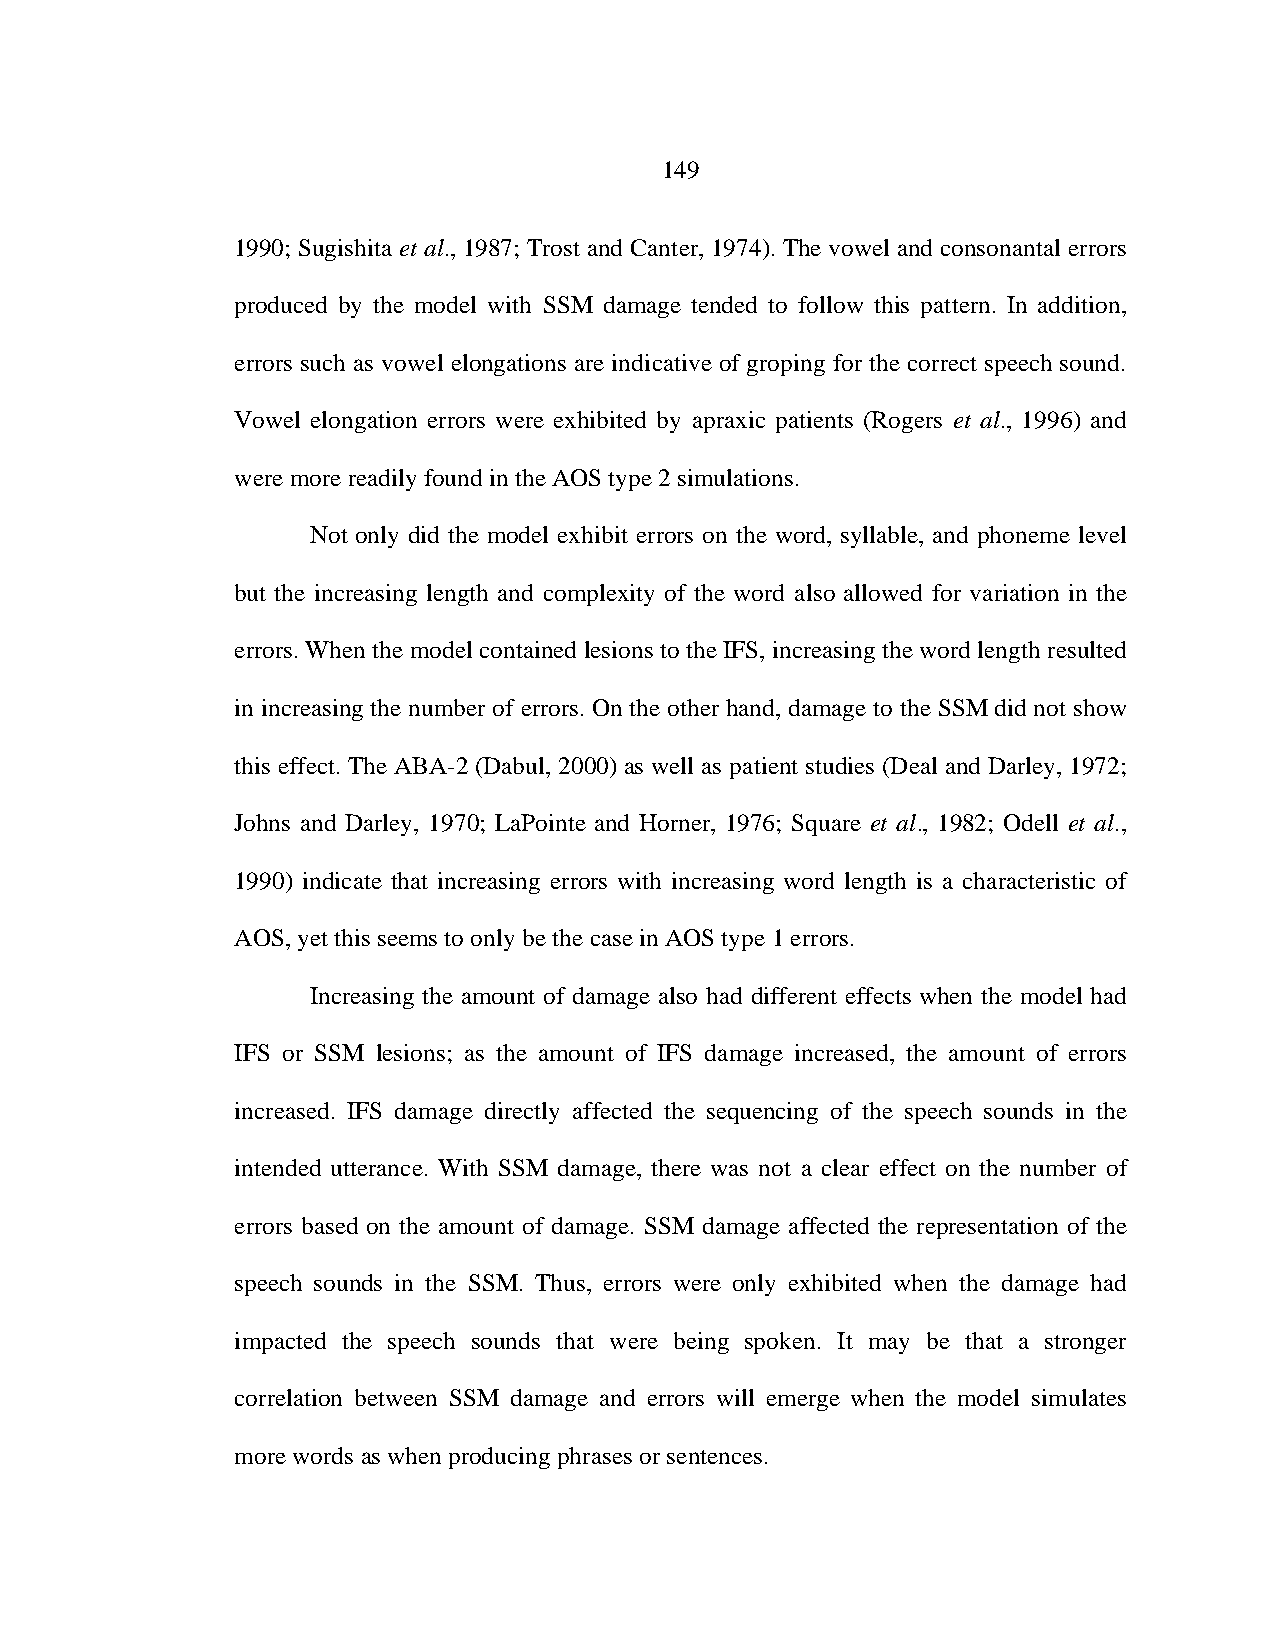
149
 1990; Sugishita et al., 1987; Trost and Canter, 1974). The vowel and consonantal errors
 produced by the model with SSM damage tended to follow this pattern. In addition,
 errors such as vowel elongations are indicative of groping for the correct speech sound.
 Vowel elongation errors were exhibited by apraxic patients (Rogers et al., 1996) and
 were more readily found in the AOS type 2 simulations.
 Not only did the model exhibit errors on the word, syllable, and phoneme level
 but the increasing length and complexity of the word also allowed for variation in the
 errors. When the model contained lesions to the IFS, increasing the word length resulted
 in increasing the number of errors. On the other hand, damage to the SSM did not show
 this effect. The ABA-2 (Dabul, 2000) as well as patient studies (Deal and Darley, 1972;
 Johns and Darley, 1970; LaPointe and Horner, 1976; Square et al., 1982; Odell et al.,
 1990) indicate that increasing errors with increasing word length is a characteristic of
 AOS, yet this seems to only be the case in AOS type 1 errors.
 Increasing the amount of damage also had different effects when the model had
 IFS or SSM lesions; as the amount of IFS damage increased, the amount of errors
 increased. IFS damage directly affected the sequencing of the speech sounds in the
 intended utterance. With SSM damage, there was not a clear effect on the number of
 errors based on the amount of damage. SSM damage affected the representation of the
 speech sounds in the SSM. Thus, errors were only exhibited when the damage had
 impacted the speech sounds that were being spoken. It may be that a stronger
 correlation between SSM damage and errors will emerge when the model simulates
 more words as when producing phrases or sentences.